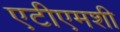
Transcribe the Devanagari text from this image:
एटीएमशी